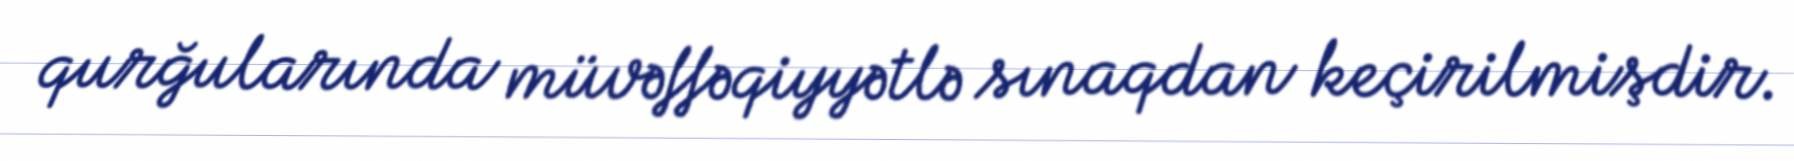
qurğularında müvəffəqiyyətlə sınaqdan keçirilmişdir.